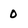
Character: 0